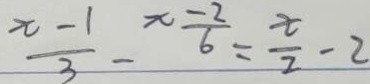
\frac { x - 1 } { 3 } - \frac { x - 2 } { 6 } = \frac { x } { 2 } - 2